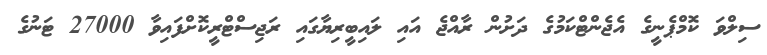
ސިލްވަ ކޮމްޕެނީގެ އެޖެންޓްކަމުގެ ދަށުން ރާއްޖެ އައި ލައިބީރިޔާގައި ރަޖިސްޓްރީކޮށްފައިވާ 27000 ޓަނުގެ